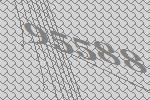
95588